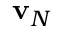
\mathbf { v } _ { N }